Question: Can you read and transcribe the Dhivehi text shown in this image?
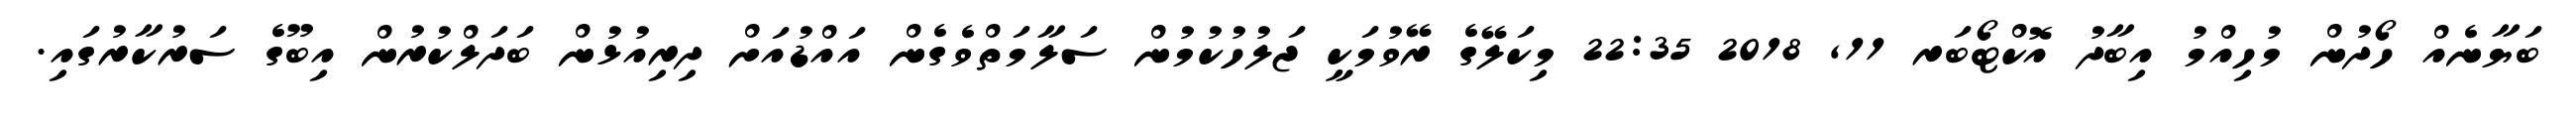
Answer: ބަޔާނެއް ހޯދުން މުހިއްމު އިބާދު އޮކްޓޯބަރ 11, 2018 22:35 މިކަލޭގެ ރޭވުމަކީ ޖަލުހުކުމުން ސަލާމަތްވެގެން އައްޑުއަށް ދިރިއުޅުން ބަދަލްކުރުން އިބޫގެ ސަރުކާރުގައި.